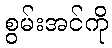
စွမ်းအင်ကို